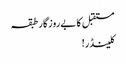
مستقبل کا بےروزگار طبقہ
کلینڈر!